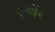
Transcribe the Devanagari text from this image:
एन्थेंस